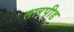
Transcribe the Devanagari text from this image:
तारपीड